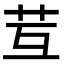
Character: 𦬚